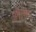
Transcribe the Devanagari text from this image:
फ़ौलाद